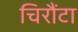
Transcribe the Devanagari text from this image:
चिरौंटा